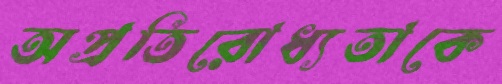
অপ্রতিরোধ্যতাকে